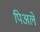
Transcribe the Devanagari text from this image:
पिअले